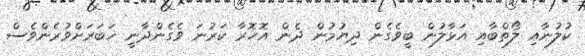
ކުލުނާއި ލޯތްބާއި އަޅާލުން ބީވެގެން ދިޔުމުން ދެން އޮހޮރާ ކަރުނަ ވެގެންދާނީ ޚަބަރަށްވުރެންވެސް